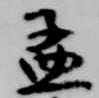
孟